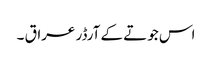
اس جوتے کے آرڈر عراق ۔